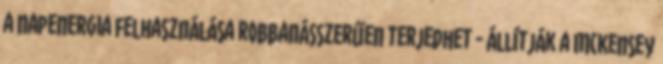
a napenergia felhasználása robbanásszerűen terjedhet - állítják a McKensey